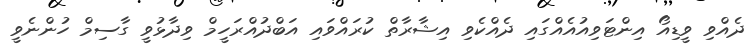
ދެއްވި ވީޑިއޯ އިންޓަވިއުއެއްގައި ދެއްކެވި އިޝާރާތް ކުރައްވައި އަބްދުއްރަހީމް ވިދާޅުވީ ގާސިމް ހުންނެވީ